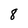
Character: 8